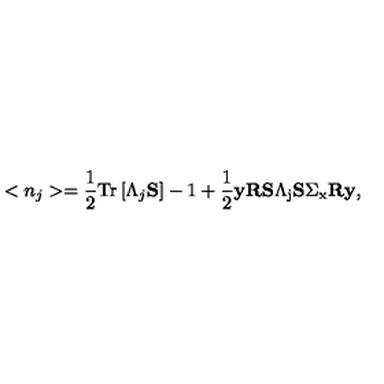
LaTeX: < n _ { j } > = \frac 1 2 \mathrm { T } \mathrm { r } \left[ \Lambda _ { j } { \bf S } \right] - 1 + \frac 1 2 { \bf y } { \bf R } \mathrm { { \bf S } \Lambda _ j { \bf S } \Sigma _ x { \bf R } { \bf y } } ,